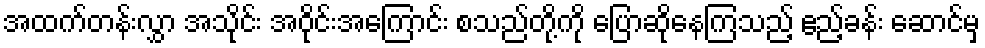
အထက်တန်းလွှာ အသိုင်း အဝိုင်းအကြောင်း စသည်တို့ကို ပြောဆိုနေကြသည့် ဧည့်ခန်း ဆောင်မှ